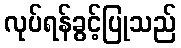
လုပ်ရန်ခွင့်ပြုသည်